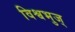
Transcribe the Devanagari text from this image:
विश्वभुज्‌